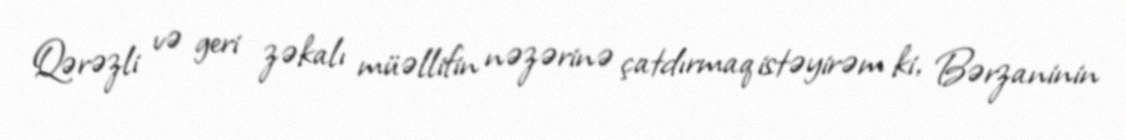
Qərəzli və geri zəkalı müəllifin nəzərinə çatdırmaq istəyirəm ki, Bərzaninin